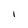
Character: I